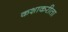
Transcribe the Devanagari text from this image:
कशाकरीता